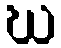
ဃ